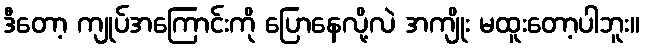
ဒီတော့ ကျုပ်အကြောင်းကို ပြောနေလို့လဲ အကျိုး မထူးတော့ပါဘူး။